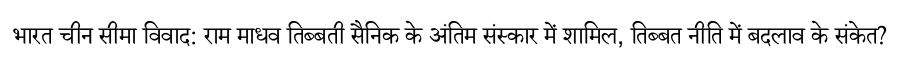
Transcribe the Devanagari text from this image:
भारत चीन सीमा विवाद: राम माधव तिब्बती सैनिक के अंतिम संस्कार में शामिल, तिब्बत नीति में बदलाव के संकेत?